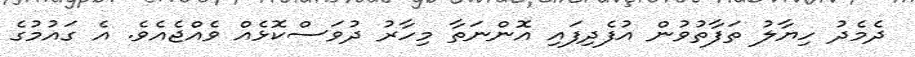
ދެމެދު ހިޔާލު ތަފާތުވުން އުފެދިފައި އޮންނަތާ މިހާރު ދުވަސްކޮޅެއް ވެއްޖެއެވެ. އެ ގައުމުގެ